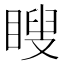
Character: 瞍